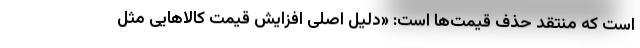
است که منتقد حذف قیمت‌ها است: «دلیل اصلی افزایش قیمت کالاهایی مثل